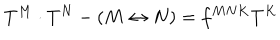
T ^ { M } \cdot T ^ { N } - ( M \leftrightarrow N ) = f ^ { M N K } T ^ { K }